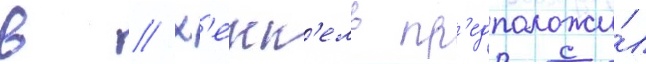
в // Х'екк'ель пр'едположи́л